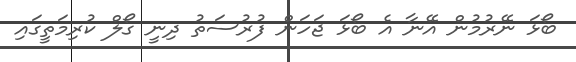
ބޯޅަ ނޭރުމުން އޭނާ އެ ބޯޅަ ޖަހަން ފުރުސަތު ދިނީ ގޯލް ކުރިމަތީގައި